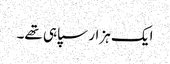
ایک ہزار سپاہی تھے۔